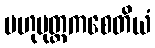
ဗဟုပုတ္တကစေတိယံ